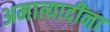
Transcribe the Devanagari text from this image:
अमात्यादींना